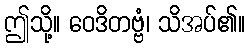
ဤသို့။ ဝေဒိတဗ္ဗံ၊ သိအပ်၏။